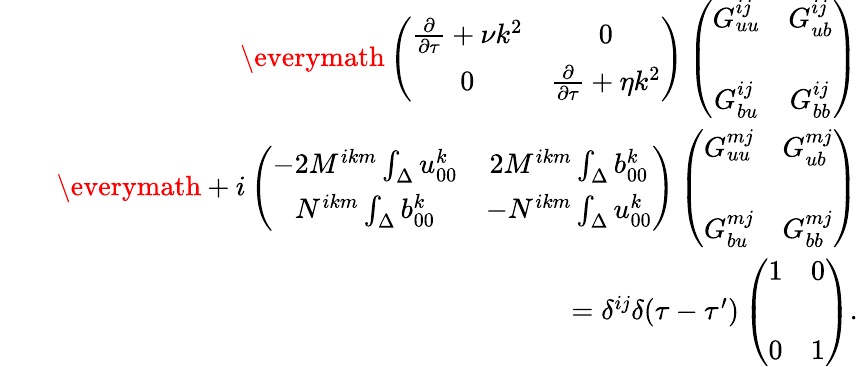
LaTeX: \begin{array}{rlr}&{}&{{\everymath{\displaystyle}\left({\begin{array}{cc}{\frac{\partial}{\partial\tau}+\nu k^{2}}&{0}\\ {0}&{\frac{\partial}{\partial\tau}+\eta k^{2}}\end{array}}\right)}\left({\begin{array}{cc}{G_{uu}^{ij}}&{G_{ub}^{ij}}\\ {G_{bu}^{ij}}&{G_{bb}^{ij}\rule{0ex}{5ex}}\end{array}}\right)}\\ &{}&{{\everymath{\displaystyle}+i\left({\begin{array}{cc}{-2M^{ikm}\int_{\Delta}u_{00}^{k}}&{2M^{ikm}\int_{\Delta}b_{00}^{k}}\\ {N^{ikm}\int_{\Delta}b_{00}^{k}}&{-N^{ikm}\int_{\Delta}u_{00}^{k}}\end{array}}\right)\left({\begin{array}{cc}{G_{uu}^{mj}}&{G_{ub}^{mj}}\\ {G_{bu}^{mj}}&{G_{bb}^{mj}\rule{0ex}{5ex}}\end{array}}\right)}}\\ &{}&{=\delta^{ij}\delta(\tau-\tau^{\prime})\left({\begin{array}{cc}{1}&{0}\\ {0}&{1\rule{0ex}{5ex}}\end{array}}\right).}\end{array}